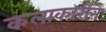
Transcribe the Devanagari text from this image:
कलाकारीने